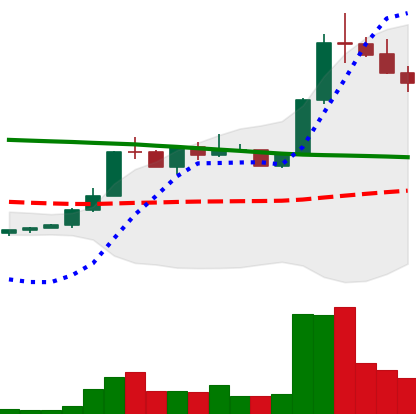
Ticker: ETC-USD
Chart end date: 2022-08-01
Forward return: 7.881%
Label: up_7plus